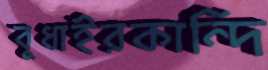
বুধাইরকান্দি